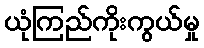
ယုံကြည်ကိုးကွယ်မှု